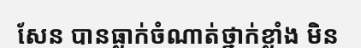
សែន បានធ្លាក់ចំណាត់ថ្នាក់ខ្លាំង មិន